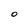
Character: O